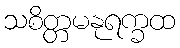
သစိတ္တမနုရက္ခထ